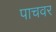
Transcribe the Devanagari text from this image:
पाचवर